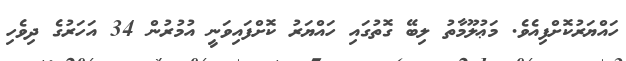
ހައްޔަރުކޮށްފިއެވެ. މަޢުލޫމާތު ލިބޭ ގޮތުގައި ހައްޔަރު ކޮށްފައިވަނީ އުމުރުން 34 އަހަރުގެ ދިވެހި